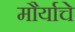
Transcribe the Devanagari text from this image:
मौर्याचे